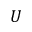
{ \cal U }